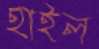
হাইল